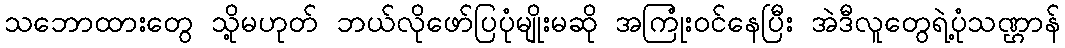
သဘောထားတွေ သို့မဟုတ် ဘယ်လိုဖော်ပြပုံမျိုးမဆို အကြုံးဝင်နေပြီး အဲဒီလူတွေရဲ့ပုံသဏ္ဌာန်